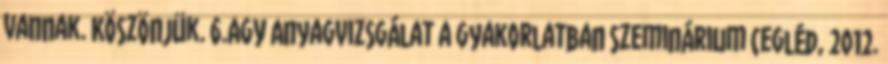
vannak. Köszönjük. 6.AGY Anyagvizsgálat a gyakorlatban szeminárium Cegléd, 2012.